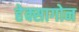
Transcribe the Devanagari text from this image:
हेक्सागोन